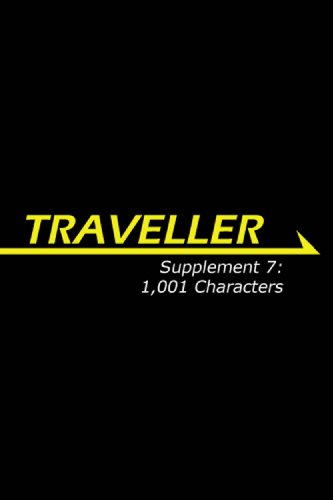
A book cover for Traveller Supplement 7: 1,001 Characters (Traveller Sci-Fi Roleplaying); August Hahn; Science Fiction & Fantasy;